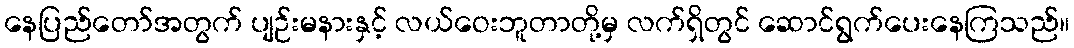
နေပြည်တော်အတွက် ပျဉ်းမနားနှင့် လယ်ဝေးဘူတာတို့မှ လက်ရှိတွင် ဆောင်ရွက်ပေးနေကြသည်။